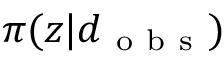
\pi ( \boldsymbol { z } | \boldsymbol { d } _ { \mathrm { ~ o ~ b ~ s ~ } } )